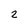
Character: 2